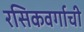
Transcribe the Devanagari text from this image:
रसिकवर्गाची